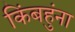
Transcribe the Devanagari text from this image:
किंबहुंना